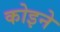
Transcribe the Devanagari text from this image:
कोइने